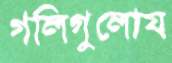
গলিগুলোয়